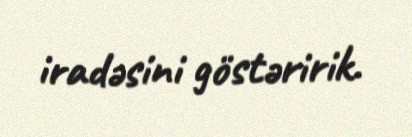
iradəsini göstəririk.